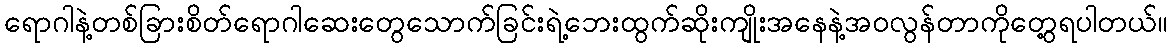
ရောဂါနဲ့တစ်ခြားစိတ်ရောဂါဆေးတွေသောက်ခြင်းရဲ့ဘေးထွက်ဆိုးကျိုးအနေနဲ့အဝလွန်တာကိုတွေ့ရပါတယ်။